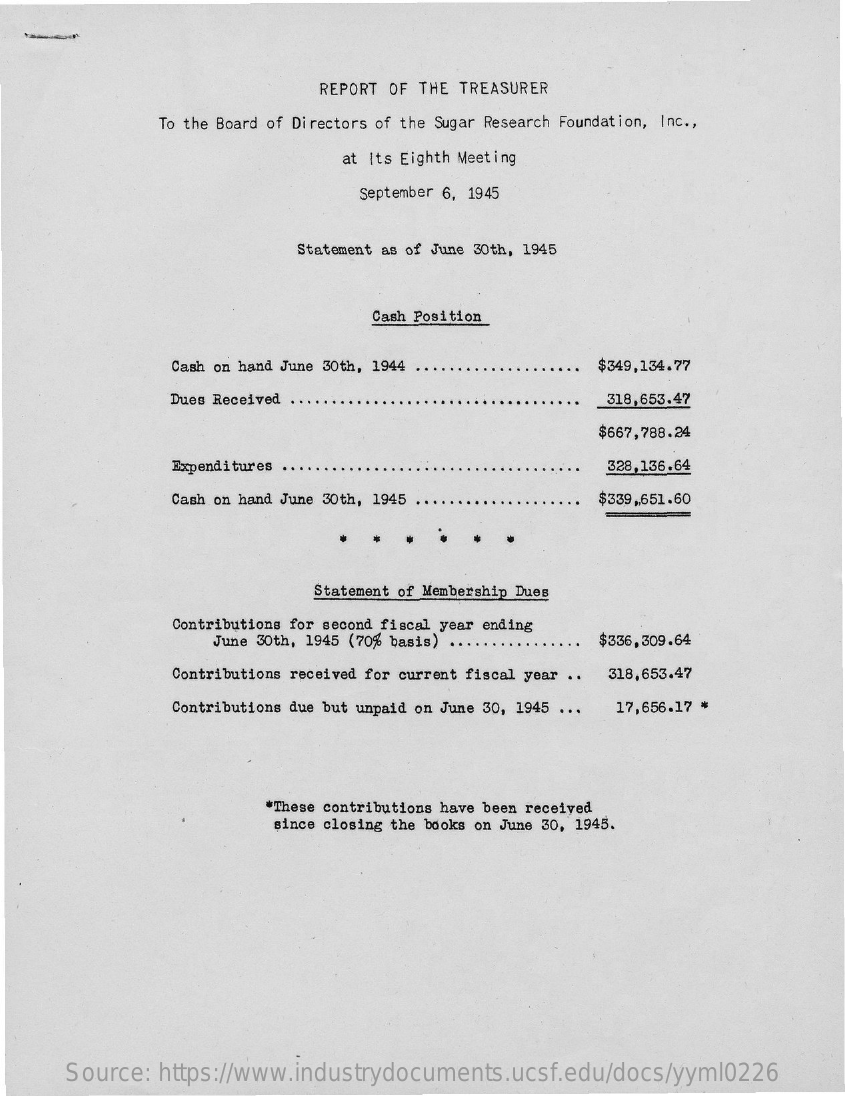
REPORT OF THE TREASURER
     To the Board of Directors of the Sugar Research Foundation, Inc .,
     at Its Eighth Meeting
     September 6, 1945
     Statement as of June 30th, 1945
     Cash Position
     Cash on hand June 30th, 1944    $349,134.77
     Dues Received ..    318,653.47
     $667,788.24
     Expenditures    328,136.64
     Cash on hand June 30th, 1945 ..    $339,651.60
     Statement of Membership Dues
     Contributions for second fiscal year ending
     June 30th, 1945 (70% basis) ..  $336,309.64
     Contributions received for current fiscal year .. 318,653.47
     Contributions due but unpaid on June 30, 1945 . .. 17,656.17 *
     *These contributions have been received
     since closing the books on June 30, 1945.
     Source: https://www.industrydocuments.ucsf.edu/docs/yyml0226